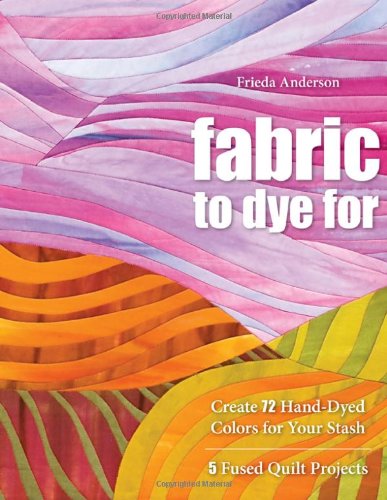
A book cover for Fabric to Dye For: Create 72 Hand-Dyed Colors for Your Stash; 5 Fused Quilt Projects; Frieda Anderson; Crafts, Hobbies & Home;